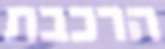
הרכבת